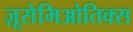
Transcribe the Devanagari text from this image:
ज़ूसेमिओतिक्स